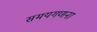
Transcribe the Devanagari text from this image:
समयगणना